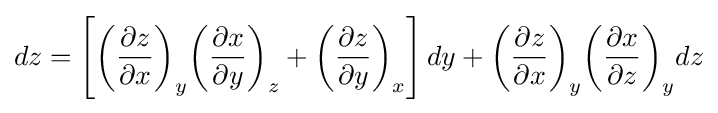
dz=\left[{\left({\frac {\partial z}{\partial x}}\right)}_{y}{\left({\frac {\partial x}{\partial y}}\right)}_{z}+{\left({\frac {\partial z}{\partial y}}\right)}_{x}\right]dy+{\left({\frac {\partial z}{\partial x}}\right)}_{y}{\left({\frac {\partial x}{\partial z}}\right)}_{y}dz